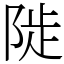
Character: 𨺗